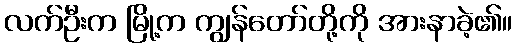
လက်ဦးက မြို့က ကျွန်တော်တို့ကို အားနာခဲ့၏။